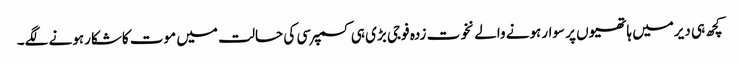
کچھ ہی دیرمیں ہاتھیوں پر سوارہونے والے نخوت زدہ فوجی بڑی ہی کسمپرسی کی حالت میں موت کاشکارہونے لگے۔